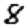
Digit: 8